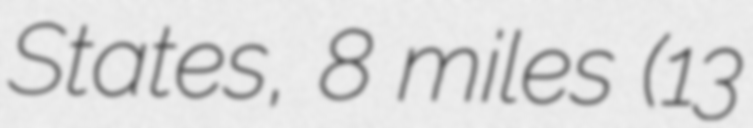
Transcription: States, 8 miles (13